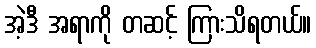
အဲ့ဒီ အရာကို တဆင့် ကြားသိရတယ်။